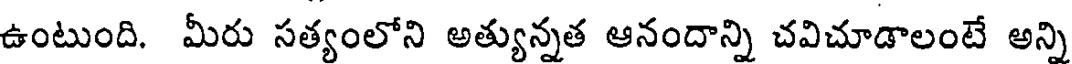
ఉంటుంది. మీరు సత్యంలోని అత్యున్నత ఆనందాన్ని చవిచూడాలంటే అన్ని